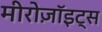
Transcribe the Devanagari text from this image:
मीरोज़ॉइट्स